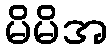
မိမိအ